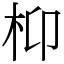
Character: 枊